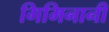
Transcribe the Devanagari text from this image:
गिमिनानी